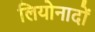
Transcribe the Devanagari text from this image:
लियोनादों